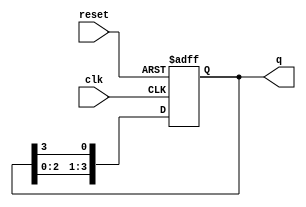
module multi_stage_ring_counter (
    input wire clk,          // Clock signal
    input wire reset,        // Asynchronous reset signal
    output reg [N-1:0] q     // Counter output (N flip-flops)
);
    parameter N = 4;         // Number of stages (flip-flops)

    always @(posedge clk or posedge reset) begin
        if (reset) begin
            // Initialize the counter to the first state
            q <= 1'b1 << (N-1); // Set the highest bit to '1', others to '0'
        end else begin
            // Shift the '1' to the right
            q <= {q[N-2:0], q[N-1]}; // Shift right and wrap around
        end
    end
endmodule